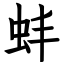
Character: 蚌